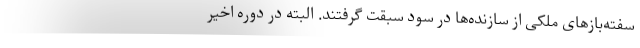
سفته‌بازهای ملکی از سازنده‌ها در سود سبقت گرفتند. البته در دوره اخیر